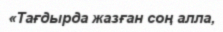
«Тағдырда жазған соң алла,